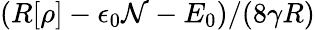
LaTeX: (R[\rho]-\epsilon_{0}{\cal N}-E_{0})/(8\gamma R)